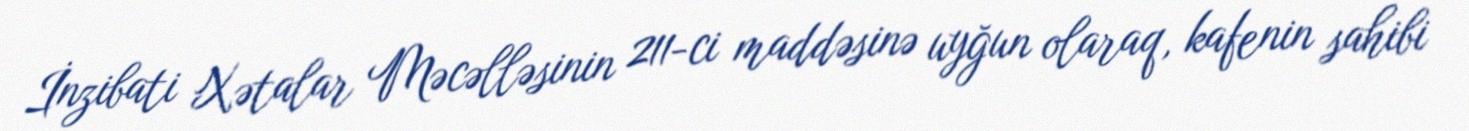
İnzibati Xətalar Məcəlləsinin 211-ci maddəsinə uyğun olaraq, kafenin sahibi